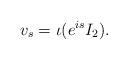
LaTeX: \begin{align*} v_s = \iota(e^{is} I_2).\end{align*}